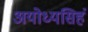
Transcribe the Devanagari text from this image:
अयोध्यसिहं